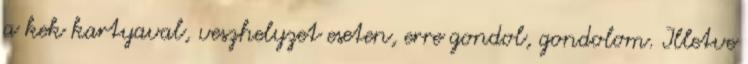
a kek kartyaval, veszhelyzet eseten, erre gondol, gondolom. Illetve